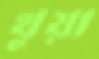
থুয়া